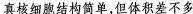
真核细胞结构简单，但体积差不多